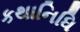
કથાનિધિ